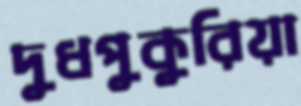
দুধপুকুরিয়া